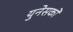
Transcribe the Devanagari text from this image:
युनेसको